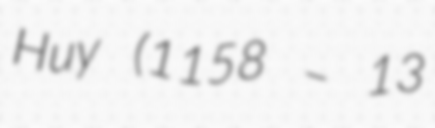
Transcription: Huy (1158 – 13